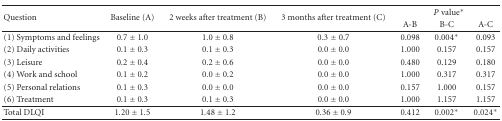
| <ROWSPAN=2> Question | <ROWSPAN=2> Baseline (A) | <ROWSPAN=2> 2 weeks after treatment (B) | <ROWSPAN=2> 3 months after treatment (C) | <COLSPAN=3> P value* |
 | A-B | B-C | A-C |
 | --- | --- | --- | --- | --- | --- | --- |
 | (1) Symptoms and feelings | 0.7 ± 1.0 | 1.0 ± 0.8 | 0.3 ± 0.7 | 0.098 | 0.004* | 0.093 |
 | (2) Daily activities | 0.1 ± 0.3 | 0.1 ± 0.3 | 0.0 ± 0.0 | 1.000 | 0.157 | 0.157 |
 | (3) Leisure | 0.2 ± 0.4 | 0.2 ± 0.6 | 0.0 ± 0.0 | 0.480 | 0.129 | 0.180 |
 | (4) Work and school | 0.1 ± 0.2 | 0.0 ± 0.2 | 0.0 ± 0.0 | 1.000 | 0.317 | 0.317 |
 | (5) Personal relations | 0.1 ± 0.3 | 0.0 ± 0.0 | 0.0 ± 0.0 | 0.157 | 1.000 | 0.157 |
 | (6) Treatment | 0.1 ± 0.3 | 0.1 ± 0.3 | 0.0 ± 0.0 | 1.000 | 1.157 | 1.157 |
 | Total DLQI | 1.20 ± 1.5 | 1.48 ± 1.2 | 0.36 ± 0.9 | 0.412 | 0.002* | 0.024* |